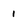
Character: 1